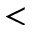
<